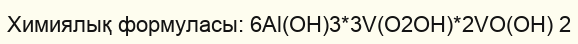
Химиялық формуласы: 6Аl(OН)3*3V(O2OН)*2VO(OН) 2